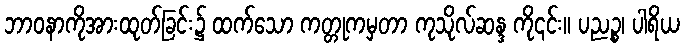
ဘာဝနာကိုအားထုတ်ခြင်း၌ ထက်သော ကတ္တုကမှတာ ကုသိုလ်ဆန္ဒ ကို၎င်း။ ပညဉ္စ၊ ပါရိယ